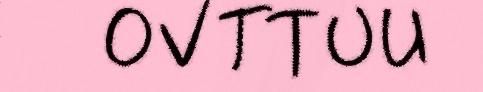
OVTTUU